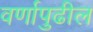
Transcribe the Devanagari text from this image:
वर्णापुढील